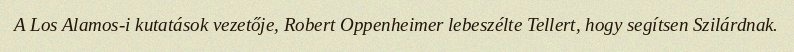
A Los Alamos-i kutatások vezetője, Robert Oppenheimer lebeszélte Tellert, hogy segítsen Szilárdnak.